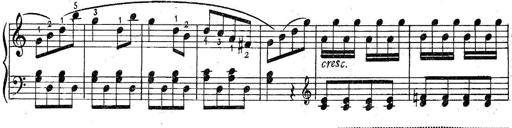
Title: 6 Easy Sonatinas
Composer: Carl Czerny